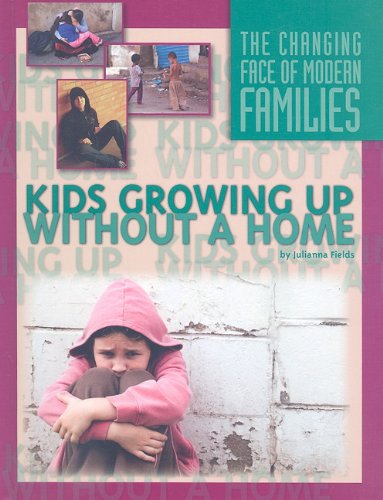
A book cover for Kids Growing Up Without a Home (The Changing Face of Modern Families); Julianna Fields; Teen & Young Adult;